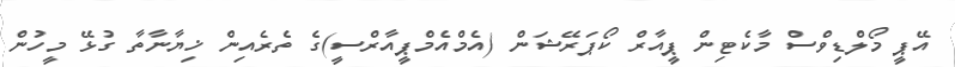
އޭޕީ މޯލްޑިވްސް މާކެޓިން ޕީއާރް ކޯޕަރޭޝަން (އެމްއެމްޕީއާރްސީ)ގެ ތެރެއިން ޚިޔާނާތާ ގުޅޭ މީހުން